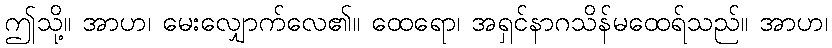
ဤသို့။ အာဟ၊ မေးလျှောက်လေ၏။ ထေရော၊ အရှင်နာဂသိန်မထေရ်သည်။ အာဟ၊